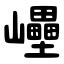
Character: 㠥